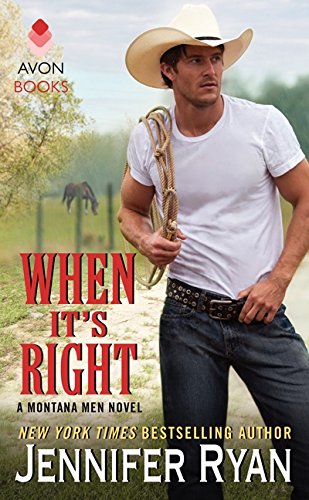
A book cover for When It's Right: A Montana Men Novel; Jennifer Ryan; Romance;